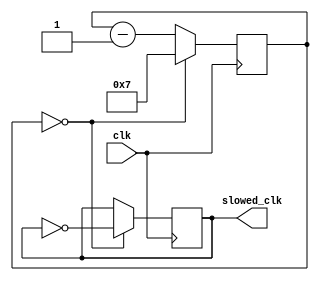
module ripple_counter_clock_divider (
  input wire clk,
  output wire slowed_clk
);

reg [7:0] counter = 8'd0;

always @(posedge clk) begin
  if (counter == 8'd0) begin
    counter <= 8'd7;
    slowed_clk <= ~slowed_clk;
  end else begin
    counter <= counter - 1;
  end
end

endmodule